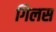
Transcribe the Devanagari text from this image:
गिलस